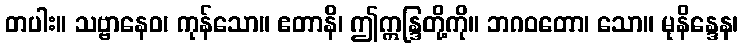
တပါး။ သဗ္ဗာနေဝ၊ ကုန်သော။ ဧတာနိ၊ ဤဣန္ဒြတို့ကို။ ဘဂဝတော၊ သော။ မုနိန္ဒေန၊